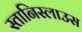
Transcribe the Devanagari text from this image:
स्तानिस्लाउस